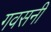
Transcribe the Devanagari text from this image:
गवसनी